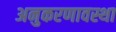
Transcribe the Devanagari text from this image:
अनुकरणावस्था